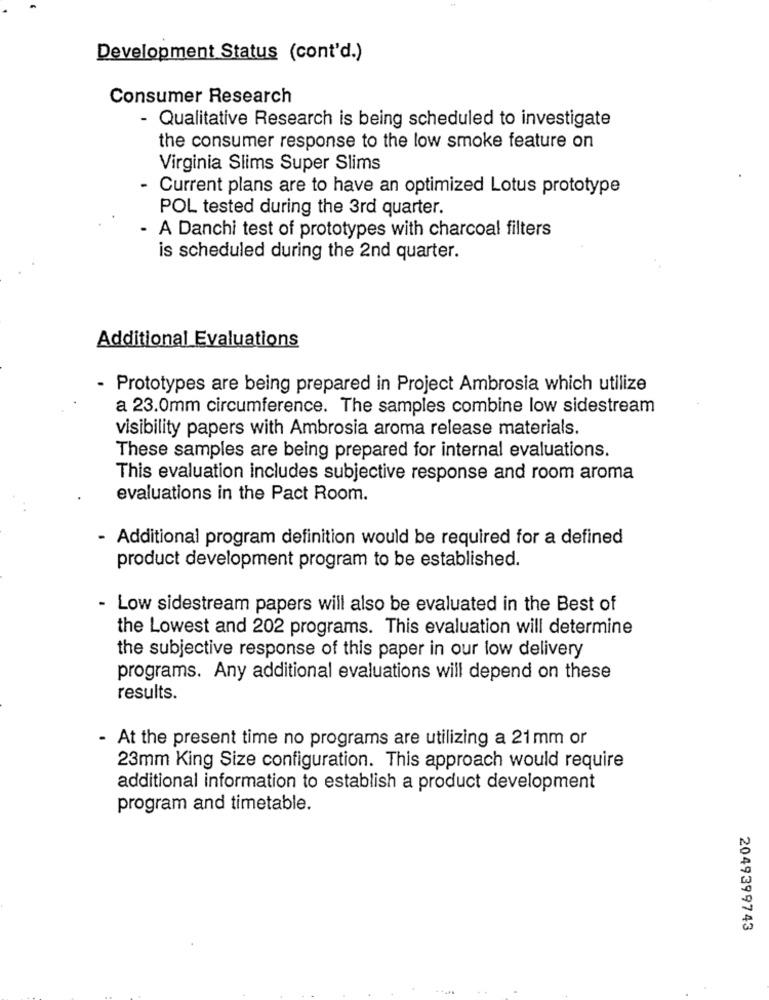
Development Status (cont'd.)
Consumer Research
- Qualitative Research is being scheduled to investigate
the consumer response to the low smoke feature on
Virginia Slims Super Slims
- Current plans are to have an optimized Lotus prototype
POL tested during the 3rd quarter.
- A Danchi test of prototypes with charcoal filters
is scheduled during the 2nd quarter.
Additional Evaluations
- Prototypes are being prepared in Project Ambrosia which utilize
a 23.0mm circumference. The samples combine low sidestream
visibility papers with Ambrosia aroma release materials.
These samples are being prepared for internal evaluations.
This evaluation includes subjective response and room aroma
evaluations in the Pact Room.
Additional program definition would be required for a defined
product development program to be established.
- Low sidestream papers will also be evaluated in the Best of
the Lowest and 202 programs. This evaluation will determine
the subjective response of this paper in our low delivery
programs. Any additional evaluations will depend on these
results.
- At the present time no programs are utilizing a 21mm or
23mm King Size configuration. This approach would require
additional information to establish a product development
program and timetable.
2049399743